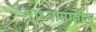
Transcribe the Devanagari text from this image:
माध्यामातील